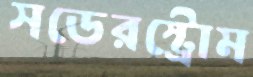
সডেরস্ট্রোম